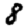
Digit: 8